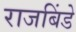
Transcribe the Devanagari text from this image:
राजबिंडे